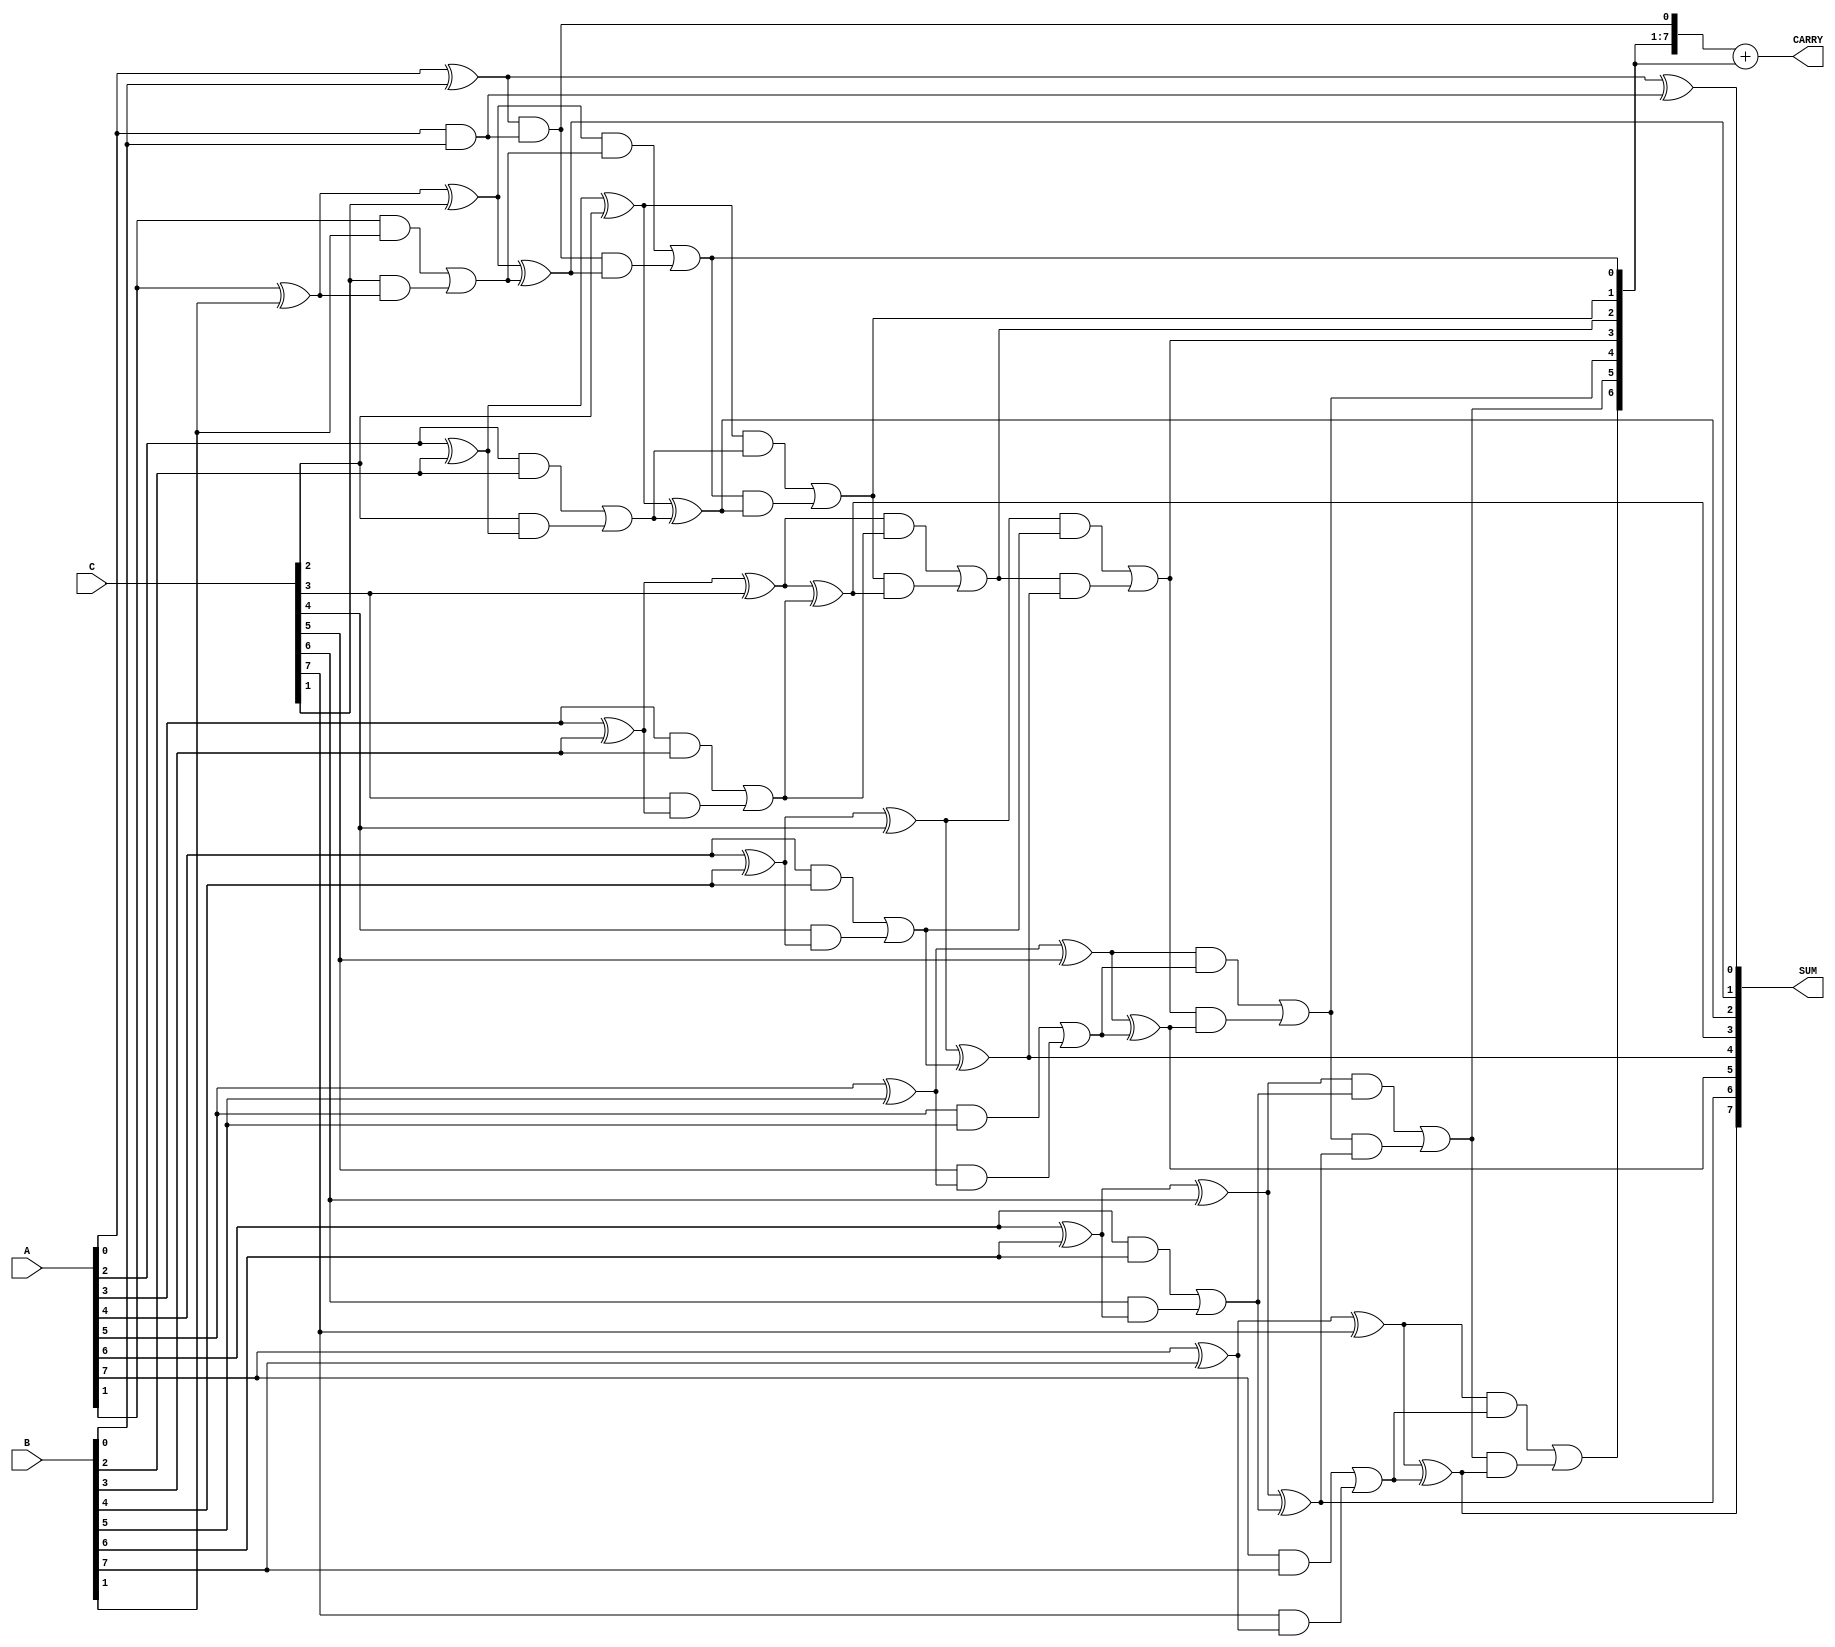
module ModifiedCarrySaveAdder #(parameter WIDTH = 8) (
    input  [WIDTH-1:0] A,
    input  [WIDTH-1:0] B,
    input  [WIDTH-1:0] C,
    output [WIDTH-1:0] SUM,
    output [WIDTH:0]   CARRY
);

    wire [WIDTH-1:0] sum1, carry1;
    wire [WIDTH-1:0] sum2, carry2;
    wire [WIDTH-1:0] final_sum;
    wire [WIDTH:0]   final_carry;

    // Stage 1: Pairwise addition using half-adders and full-adders
    genvar i;
    generate
        for (i = 0; i < WIDTH; i = i + 1) begin : stage1
            if (i == 0) begin
                // First bit: Half-adder for A and B
                assign sum1[i] = A[i] ^ B[i];
                assign carry1[i] = A[i] & B[i];
            end else begin
                // Subsequent bits: Full-adder for A, B, and C
                assign sum1[i] = A[i] ^ B[i] ^ C[i];
                assign carry1[i] = (A[i] & B[i]) | (C[i] & (A[i] ^ B[i]));
            end
        end
    endgenerate

    // Stage 2: Combine results from stage 1
    generate
        for (i = 0; i < WIDTH; i = i + 1) begin : stage2
            if (i == 0) begin
                // First bit: Half-adder for sum1 and carry1
                assign sum2[i] = sum1[i] ^ carry1[i];
                assign carry2[i] = sum1[i] & carry1[i];
            end else begin
                // Subsequent bits: Full-adder for sum1 and carry1
                assign sum2[i] = sum1[i] ^ carry1[i];
                assign carry2[i] = (sum1[i] & carry1[i]) | (carry2[i-1] & (sum1[i] ^ carry1[i]));
            end
        end
    endgenerate

    // Final stage: Carry propagate adder
    assign final_sum = sum2;
    assign final_carry = carry2 + {1'b0, carry2[WIDTH-1:1]}; // Propagate carry

    // Outputs
    assign SUM = final_sum;
    assign CARRY = final_carry;

endmodule